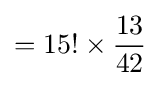
=15!\times {\frac {13}{42}}